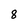
Character: 8